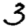
Digit: 3